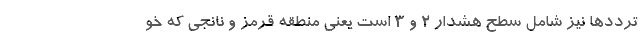
ترددها نیز شامل سطح هشدار ۲ و ۳ است یعنی منطقه قرمز و نانجی که خو